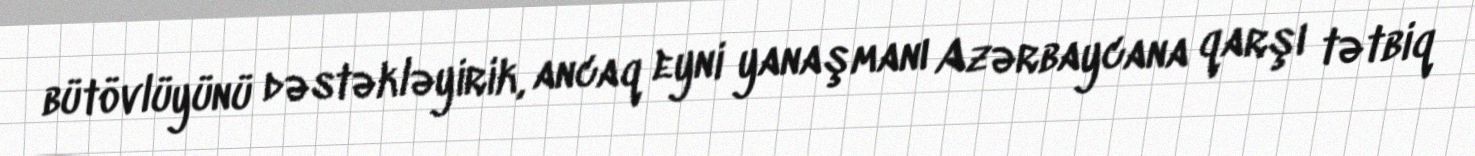
bütövlüyünü dəstəkləyirik, ancaq eyni yanaşmanı Azərbaycana qarşı tətbiq